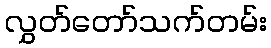
လွှတ်တော်သက်တမ်း